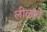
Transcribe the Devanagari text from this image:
लीळांचे